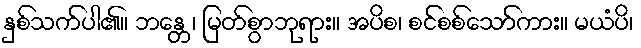
နှစ်သက်ပါ၏။ ဘန္တေ၊ မြတ်စွာဘုရား။ အပိစ၊ စင်စစ်သော်ကား။ မယံပိ၊